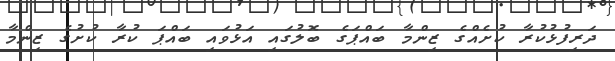
ދަރިފުޅުކުރާ ކުށެއްގެ ޒިންމާ ބައްޕަގެ ބޮލުގައި އަޅުވައި ބައްޕަ ކުރާ ކުށުގެ ޒިންމާ